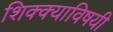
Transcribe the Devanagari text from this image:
शिक्क्याविषयी